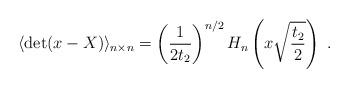
LaTeX: \begin{align*}\langle\det(x-X)\rangle_{n\times n}=\left(\frac{1}{2t_2}\right)^{n/2}H_n\left(x\sqrt{\frac{t_2}{2}}\right)\ .\end{align*}